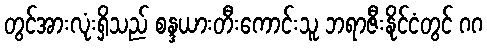
တွင်အားလုံးရှိသည် စန္ဒယားတီးကောင်းသူ ဘရာဇီးနိုင်ငံတွင် ဂဂ